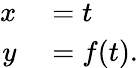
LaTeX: \begin{array}{rl}{x}&{{}=t}\\ {y}&{{}=f(t).}\end{array}